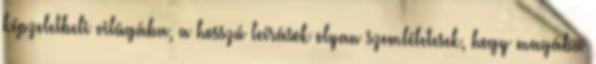
képzeletbeli világába, a hosszú leírások olyan szemléletesek, hogy magába